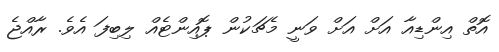
އޮތް އިންޑިއާ އަށް އަށް ވަނީ މެޗަކުން ޕޮއިންޓެއް ލިބިފަ އެވެ. ރާއްޖެ